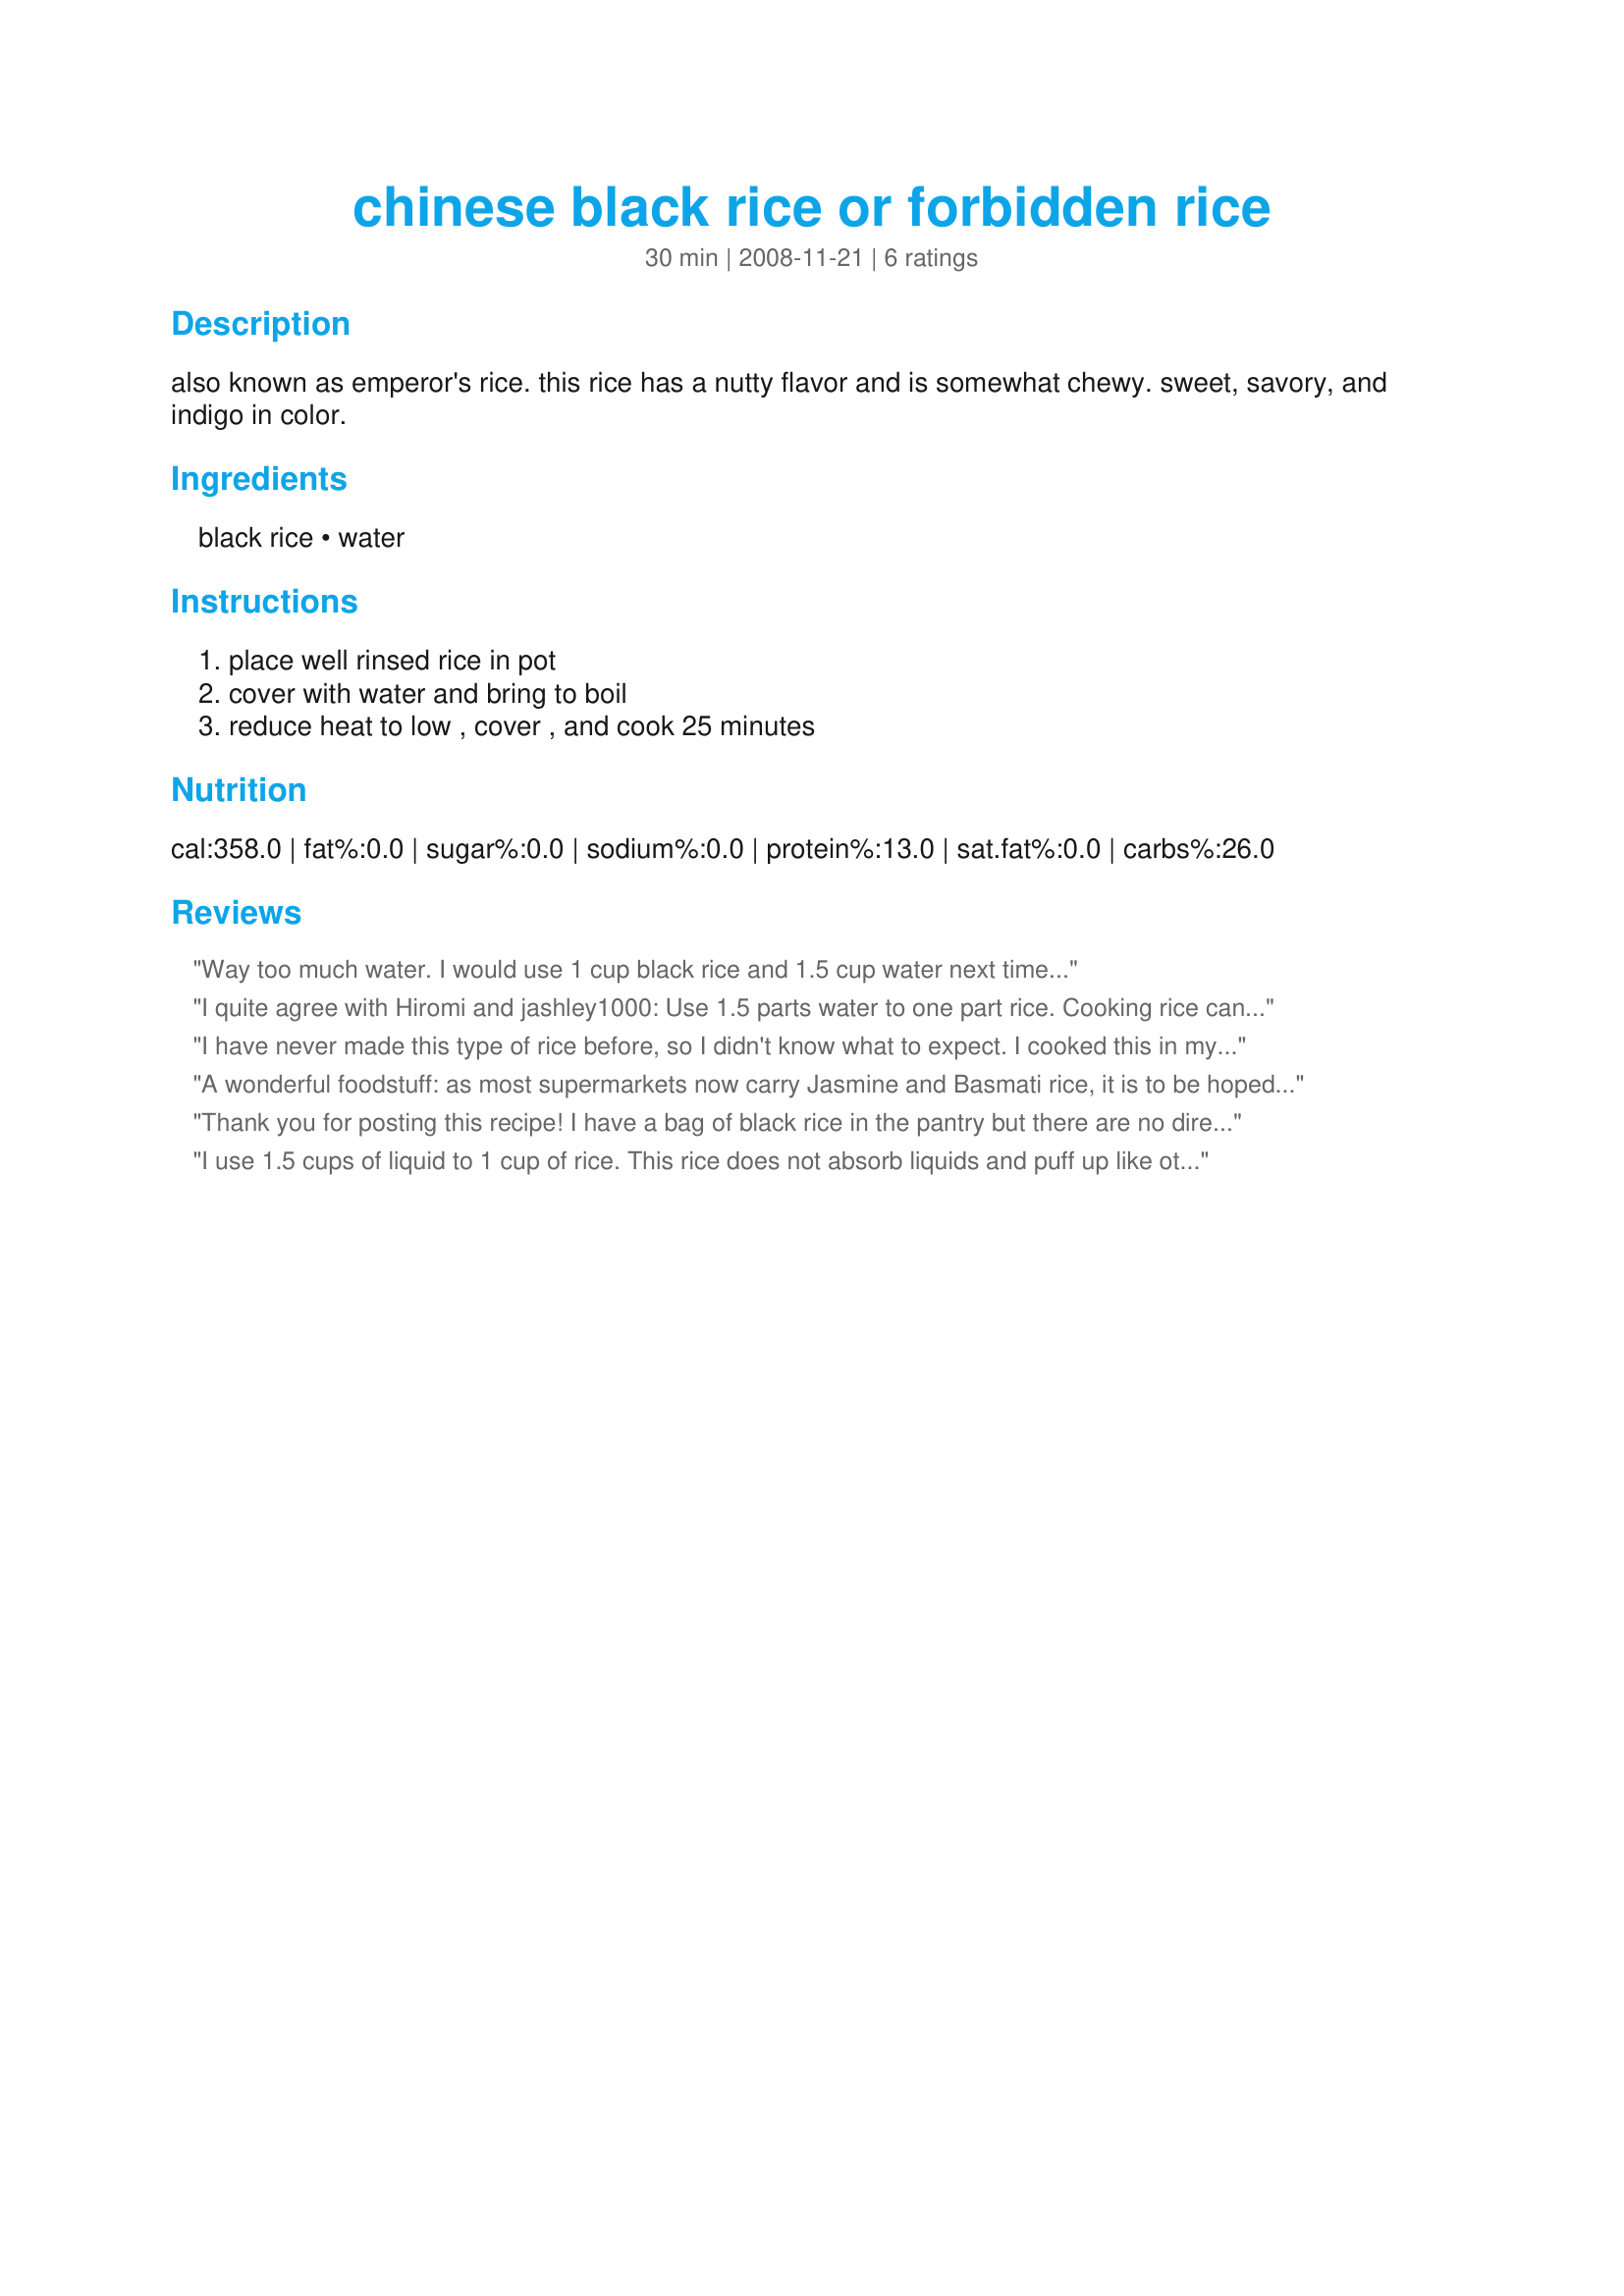
chinese black rice or forbidden rice
Preparation time: 30 minutes

also known as emperor's rice. this rice has a nutty flavor and is somewhat chewy. sweet, savory, and indigo in color.

Ingredients:
black rice, water

Steps:
place well rinsed rice in pot, cover with water and bring to boil, reduce heat to low , cover , and cook 25 minutes

Reviews:
Way too much water. I would use 1 cup black rice and 1.5 cup water next time...
I quite agree with Hiromi and jashley1000: Use 1.5 parts water to one part rice. Cooking rice can be a moving target because it can retain different amounts of water depending on how old and/or dried out it is. You can always add water, but I found the recommended ration 2 to 1 water to rice to produce rice that was too mushy. If you get stuck with mushy rice, you can always heat in the oven at a slow temp to dry it out, but better to get it right first time around.
I have never made this type of rice before, so I didn't know what to expect. I cooked this in my electric rice cooker. When I opened the pot after it was done cooking, I was very surprised to see that the entire grain of rice was black. I was expecting the inside to be white. The rice didn't "fluff" up like other types of rice, so I thought it wasn't done cooking. I added more water and tried cooking it for another 20 minutes. Sadly, some of it burnt, but I was able to salvage most of it. The flavor is nice and it smells so good when it's cooking, reminds me of jasmine rice. We recently ate at a Korean restaurant where we had something called Bi Bim Bap, which was served with another type of black rice. I was trying to recreate this dish. I served the rice with a mixture of sliced beef, strips of fried egg, julienne carrots, cucumber, bean sprouts, broccoli slaw and tossed with sesame oil. DH really enjoyed this.
A wonderful foodstuff: as most supermarkets now carry Jasmine and Basmati rice, it is to be hoped Black (Forbidden) Rice, too, will become widely available. Apart from its striking color and taste, it should be noted that the rice is chock-full of antioxidants, and a good amount of high quality protein as well. I buy it online from Lotus Foods and they have a particularly nice recipe on their package. But this is a good, all purpose procedure. I like to saute the rice lightly in a little ghee, clarified butter, canola or peanut oil before adding the water.
Thank you for posting this recipe! I have a bag of black rice in the pantry but there are no directions on the package. Used your recipe to make: Recipe #300204 (for replacing wild rice). cg
I use 1.5 cups of liquid to 1 cup of rice. This rice does not absorb liquids and puff up like other rice varieties, so I find 2 cups of liquid makes it a wet mess. I have to cook it for an hour. Also, add salt unless you are using bouillion cubes or Better Than Bouillon concentrate (what I use instead of canned stock). I always add spices and raisons/dried fruit and onions and nuts - what ever you want for a sweet rice or a savory rice. And I make a ton of it and then freeze it in small containers. It freezes well, so I can include this easily into a 30 minute weeknight meal.
